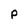
Character: P